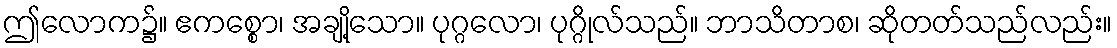
ဤလောက၌။ ဧကစ္စော၊ အချို့သော။ ပုဂ္ဂလော၊ ပုဂ္ဂိုလ်သည်။ ဘာသိတာစ၊ ဆိုတတ်သည်လည်း။